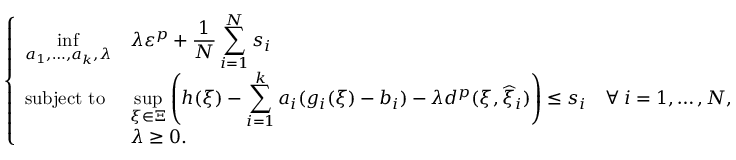
\left\{ \begin{array} { l l l } { { \displaystyle \operatorname* { i n f } _ { a _ { 1 } , \ldots , a _ { k } , \lambda } } } & { { \displaystyle \lambda \varepsilon ^ { p } + \frac { 1 } { N } \sum _ { i = 1 } ^ { N } s _ { i } } } \\ { \mathrm { s u b j e c t ~ t o ~ } } & { { \displaystyle \operatorname* { s u p } _ { \xi \in \Xi } \left( h ( \xi ) - \sum _ { i = 1 } ^ { k } a _ { i } ( g _ { i } ( \xi ) - b _ { i } ) - \lambda d ^ { p } ( \xi , \widehat { \xi } _ { i } ) \right) \leq s _ { i } } } & { \forall \: i = 1 , \ldots , N , } \\ & { \lambda \geq 0 . } \end{array} \right.